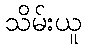
သိမ်းယူ